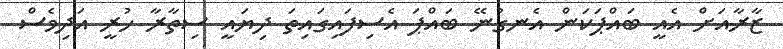
ޒާރާއަށް އެއީ ބައްޕަކަންް އެނގުނޭ ބައްޕަ އެސިފައިގައިތަ ދިޔައީ ސިތާރާ ހުރީ އަދިވެސް